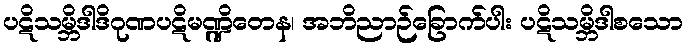
ပဋိသမ္ဘိဒါဒိဂုဏပဋိမဏ္ဍိတေန၊ အဘိညာဉ်ခြောက်ပါး ပဋိသမ္ဘိဒါစသော